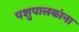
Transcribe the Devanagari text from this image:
पशुपालकांना